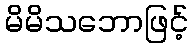
မိမိသဘောဖြင့်